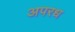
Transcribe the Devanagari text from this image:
अपरध